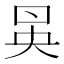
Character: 𠱵